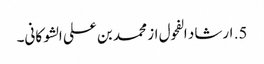
5. ارشاد الفحول از محمد بن علی الشوکانی۔